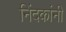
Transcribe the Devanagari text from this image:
निंदकांनी